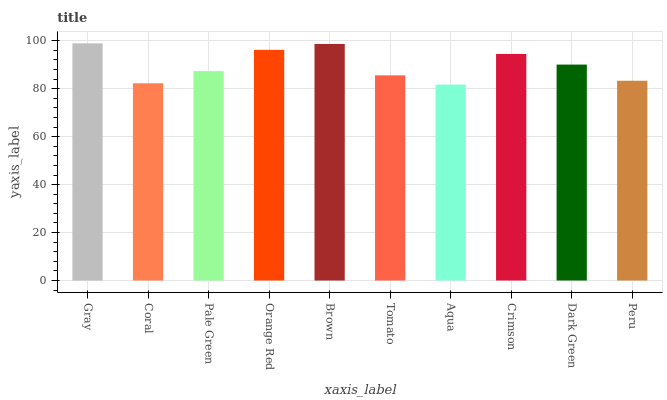
| xaxis_label | bars |
 | --- | --- |
 | Gray | 98.9 |
 | Coral | 82.3 |
 | Pale Green | 87.4 |
 | Orange Red | 96.2 |
 | Brown | 98.7 |
 | Tomato | 85.6 |
 | Aqua | 81.7 |
 | Crimson | 94.5 |
 | Dark Green | 90.1 |
 | Peru | 83.3 |